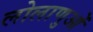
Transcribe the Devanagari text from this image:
लोलाणुओं